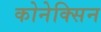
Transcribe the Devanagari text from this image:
कोनेक्सिन